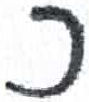
אות: כ